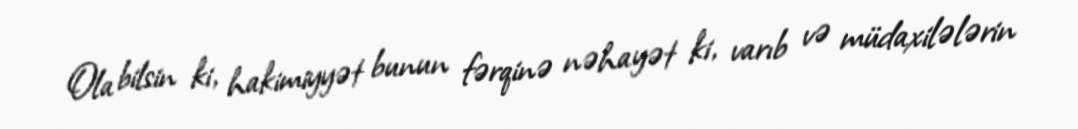
Ola bilsin ki, hakimiyyət bunun fərqinə nəhayət ki, varıb və müdaxilələrin